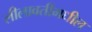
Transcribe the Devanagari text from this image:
लीलावतीमधील